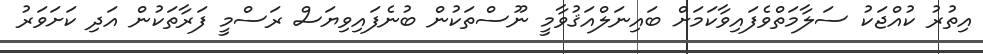
އިތުރު ކުއްޖަކު ސަލާމަތްވެފައިވާކަމަށް ބައިނަލްއަޤުވާމީ ނޫސްތަކުން ބުނެފައިވިޔަސް ރަސްމީ ފަރާތަކުން އަދި ކަށަވަރު